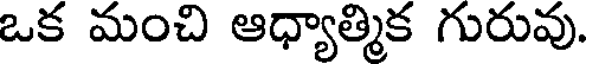
ఒక మంచి ఆధ్యాత్మిక గురువు.